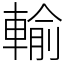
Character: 輸